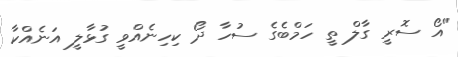
"އޯ ސޮރީ ގާލް ތީ ހަމްބެގެ ސުހާ ދޯ ކިހިނެއްވީ ގުޅާލީ އަނެއްކާ